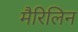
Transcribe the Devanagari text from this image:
मैरिलिन